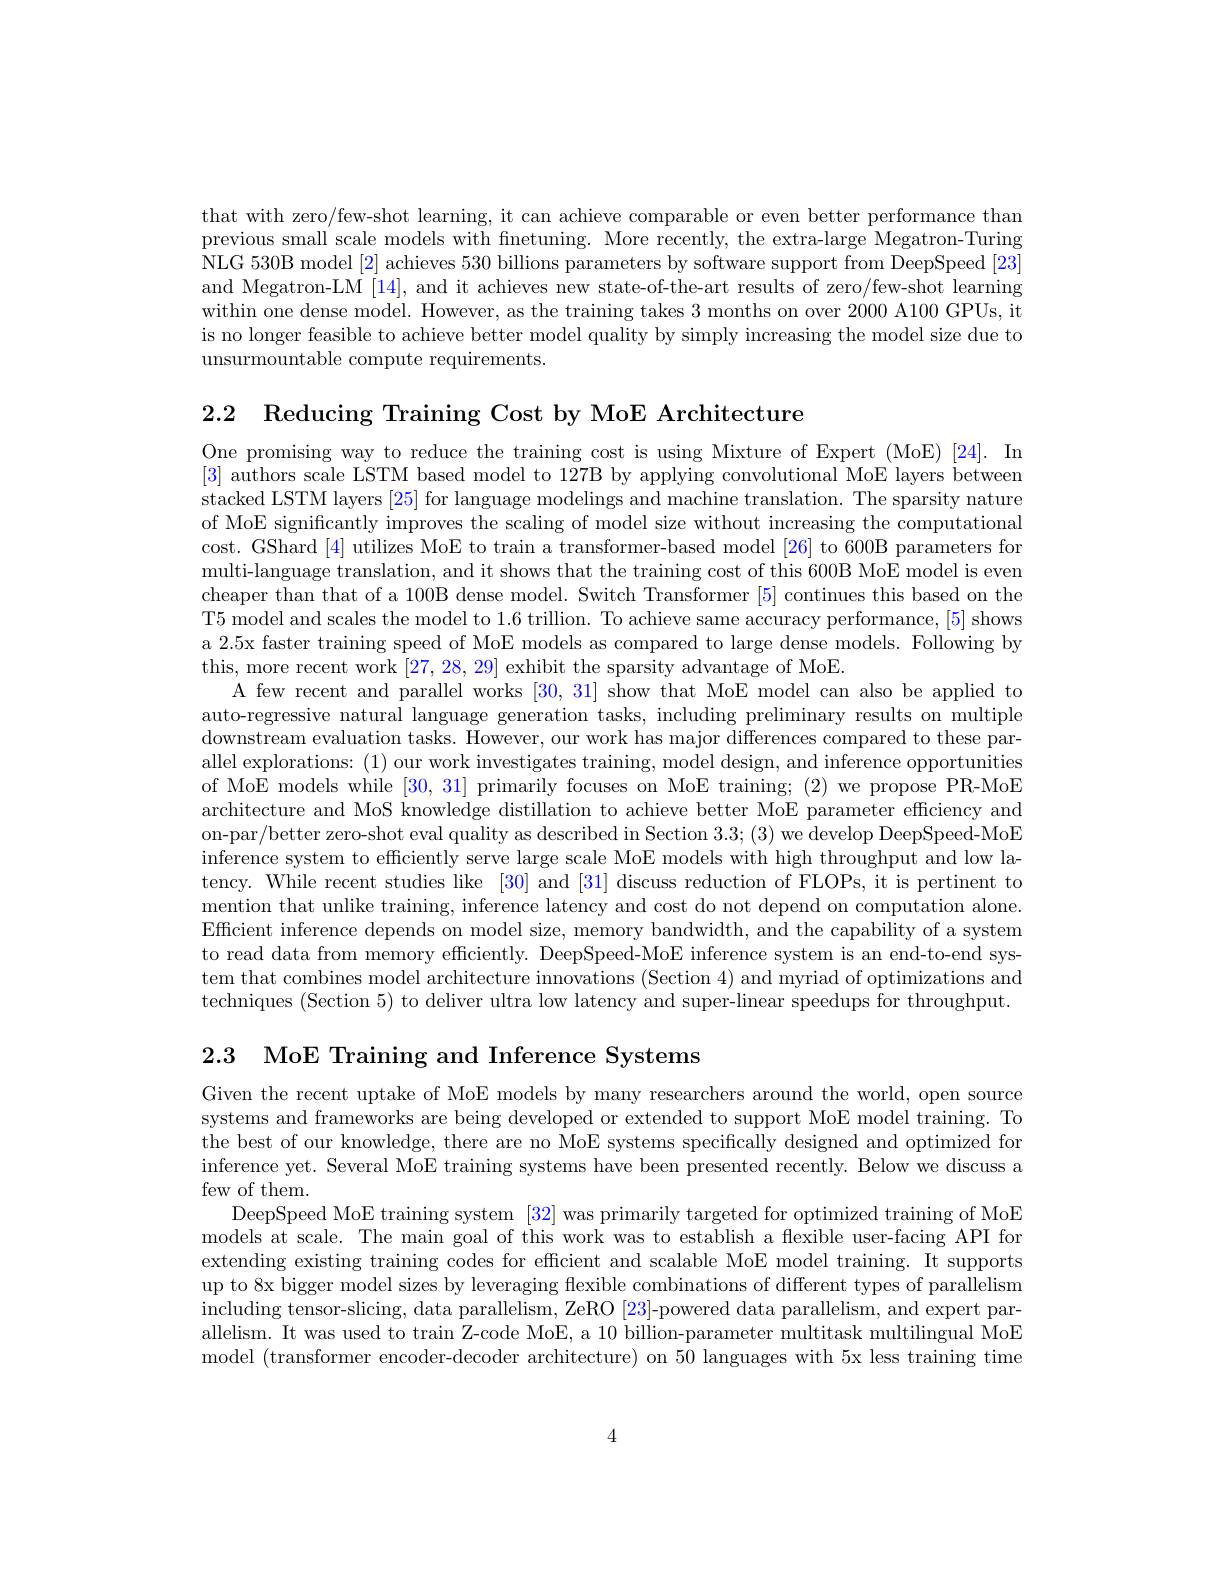
that with zero/few-shot learning, it can achieve comparable or even better performance than previous small scale models with finetuning. More recently, the extra-large Megatron-Turing NLG 530B model [2] achieves 530 billions parameters by software support from DeepSpeed [23] and Megatron-LM [14], and it achieves new state-of-the-art results of zero/few-shot learning within one dense model. However, as the training takes 3 months on over 2000 A100 GPUs, it is no longer feasible to achieve better model quality by simply increasing the model size due to unsurmountable compute requirements.

2.2 Reducing Training Cost by MoE Architecture

One promising way to reduce the training cost is using Mixture of Expert (MoE)[24]. In [3] authors scale LSTM based model to 127B by applying convolutional MoE layers between stacked LSTM layers [25] for language modelings and machine translation. The sparsity nature of MoE significantly improves the scaling of model size without increasing the computational cost. GShard [4] utilizes MoE to train a transformer-based model [26] to 600B parameters for multi-language translation, and it shows that the training cost of this 600B MoE model is even cheaper than that of a 100B dense model. Switch Transformer [5] continues this based on the T5 model and scales the model to 1.6 trillion. To achieve same accuracy performance, [5] shows a 2.5x faster training speed of MoE models as compared to large dense models. Following by this, more recent work [27,28,29] exhibit the sparsity advantage of MoE.
A few recent and parallel works [30,31] show that MoE model can also be applied to auto-regressive natural language generation tasks, including preliminary results on multiple downstream evaluation tasks. However, our work has major differences compared to these parallel explorations: (1) our work investigates training, model design, and inference opportunities of MoE models while [30,31] primarily focuses on MoE training; (2) we propose PR-MoE architecture and MoS knowledge distillation to achieve better MoE parameter efficiency and on-par/better zero-shot eval quality as described in Section 3.3; (3) we develop DeepSpeed-MoE inference system to efficiently serve large scale MoE models with high throughput and low latency. While recent studies like [30] and [31] discuss reduction of FLOPs, it is pertinent to mention that unlike training, inference latency and cost do not depend on computation alone. Efficient inference depends on model size, memory bandwidth, and the capability of a system to read data from memory efficiently. DeepSpeed-MoE inference system is an end-to-end system that combines model architecture innovations (Section 4) and myriad of optimizations and techniques (Section 5) to deliver ultra low latency and super-linear speedups for throughput.

2.3 MoE Training and Inference Systems

Given the recent uptake of MoE models by many researchers around the world, open source systems and frameworks are being developed or extended to support MoE model training. To the best of our knowledge, there are no MoE systems specifically designed and optimized for inference yet. Several MoE training systems have been presented recently. Below we discuss a few of them.

DeepSpeed MoE training system [32] was primarily targeted for optimized training of MoE models at scale. The main goal of this work was to establish a flexible user-facing API for extending existing training codes for efficient and scalable MoE model training. It supports up to 8x bigger model sizes by leveraging flexible combinations of different types of parallelism including tensor-slicing, data parallelism, ZeRO [23]-powered data parallelism, and expert parallelism. It was used to train Z-code MoE, a 10 billion-parameter multitask multilingual MoE model (transformer encoder-decoder architecture) on 50 languages with 5x less training time

4